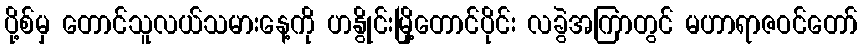
ပို့စ်မှ တောင်သူလယ်သမားနေ့ကို ဟနွိုင်းမြို့တောင်ပိုင်း လခွဲအကြာတွင် မဟာရာဇဝင်တော်